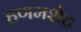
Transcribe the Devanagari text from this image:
हणमशेट